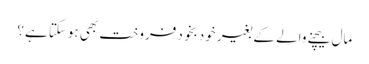
مال بیچنے والے کے بغیر خود بخود فروخت بھی ہوسکتا ہے؟